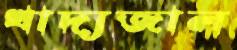
খাদ্যজাল